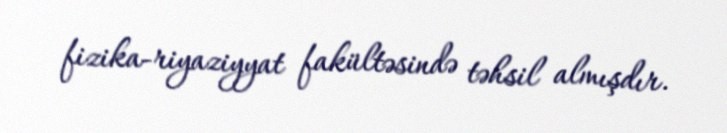
fizika-riyaziyyat fakültəsində təhsil almışdır.